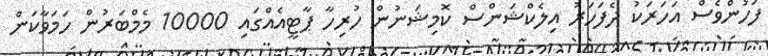
ފަހުންވެސް އަހަރަކު ދެފަހަރު އިލެކްޝަންސް ކޮމިޝަނުން ހުރިހާ ޕާޓީއެއްގައި 10000 މެމްބަރުން ހަމަވާކަން